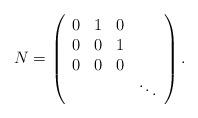
LaTeX: \begin{align*}N=\left(\begin{array}{cccc}0 & 1 & 0& \\0 & 0 & 1 & \\0 & 0 & 0& \\ && &\ddots\end{array}\right).\end{align*}